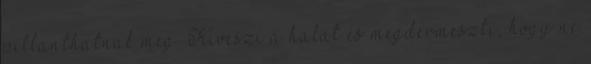
pillanthatnak meg. Kiveszi a halat és megdermeszti, hogy ne